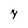
Character: y